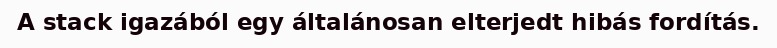
A stack igazából egy általánosan elterjedt hibás fordítás.